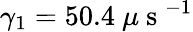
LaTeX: \gamma_{1}=50.4~\mu\mathrm{~s~}^{-1}